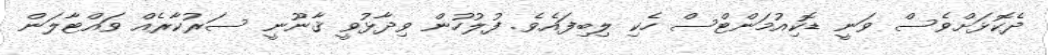
ދެކޮޅަށްވެސް ވަނީ ޑޮކިއުމަންޓްސް ހެކި ލިިބިފައެވެ. ފުލުހުން ވިދާޅުވީ ޤާނޫނީ ސަރުކާރެއް ވައްޓާލަން